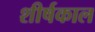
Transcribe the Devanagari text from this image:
शीर्षकाल